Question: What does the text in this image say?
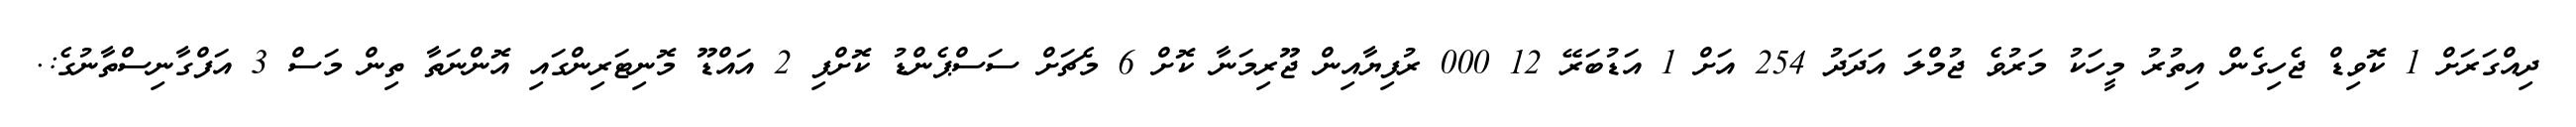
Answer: ދިއްގަރަށް 1 ކޮވިޑް ޖެހިގެން އިތުރު މީހަކު މަރުވެ ޖުމްލަ އަދަދު 254 އަށް 1 އަޑުބަރޭ 12 000 ރުފިޔާއިން ޖޫރިމަނާ ކޮށް 6 މެޗަށް ސަސްޕެންޑު ކޮށްފި 2 އައްޑޫ މޮނިޓަރިންގައި އޮންނަތާ ތިން މަސް 3 އަފްގާނިސްތާނުގެ:.